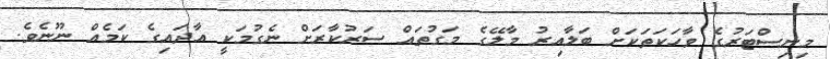
މިނިސްޓަރުގެ ވާހަކަތަކަށް ބަލާއިރު މާލޭގެ މަގުތައް ސަރުކާރަށް ނެގުމަކީ އާދައިގެ ކަމެއް ނޫނެވެ.